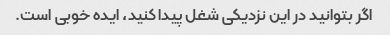
اگر بتوانید در این نزدیکی شغل پیدا کنید، ایده خوبی است.